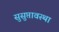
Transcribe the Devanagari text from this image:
सुसुप्तावस्था